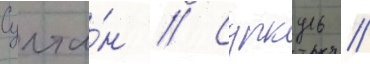
Султа́н // Суркуль //